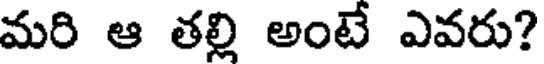
మరి ఆ తల్లి అంటే ఎవరు?